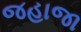
જહાજા